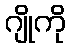
ဂျိုကို